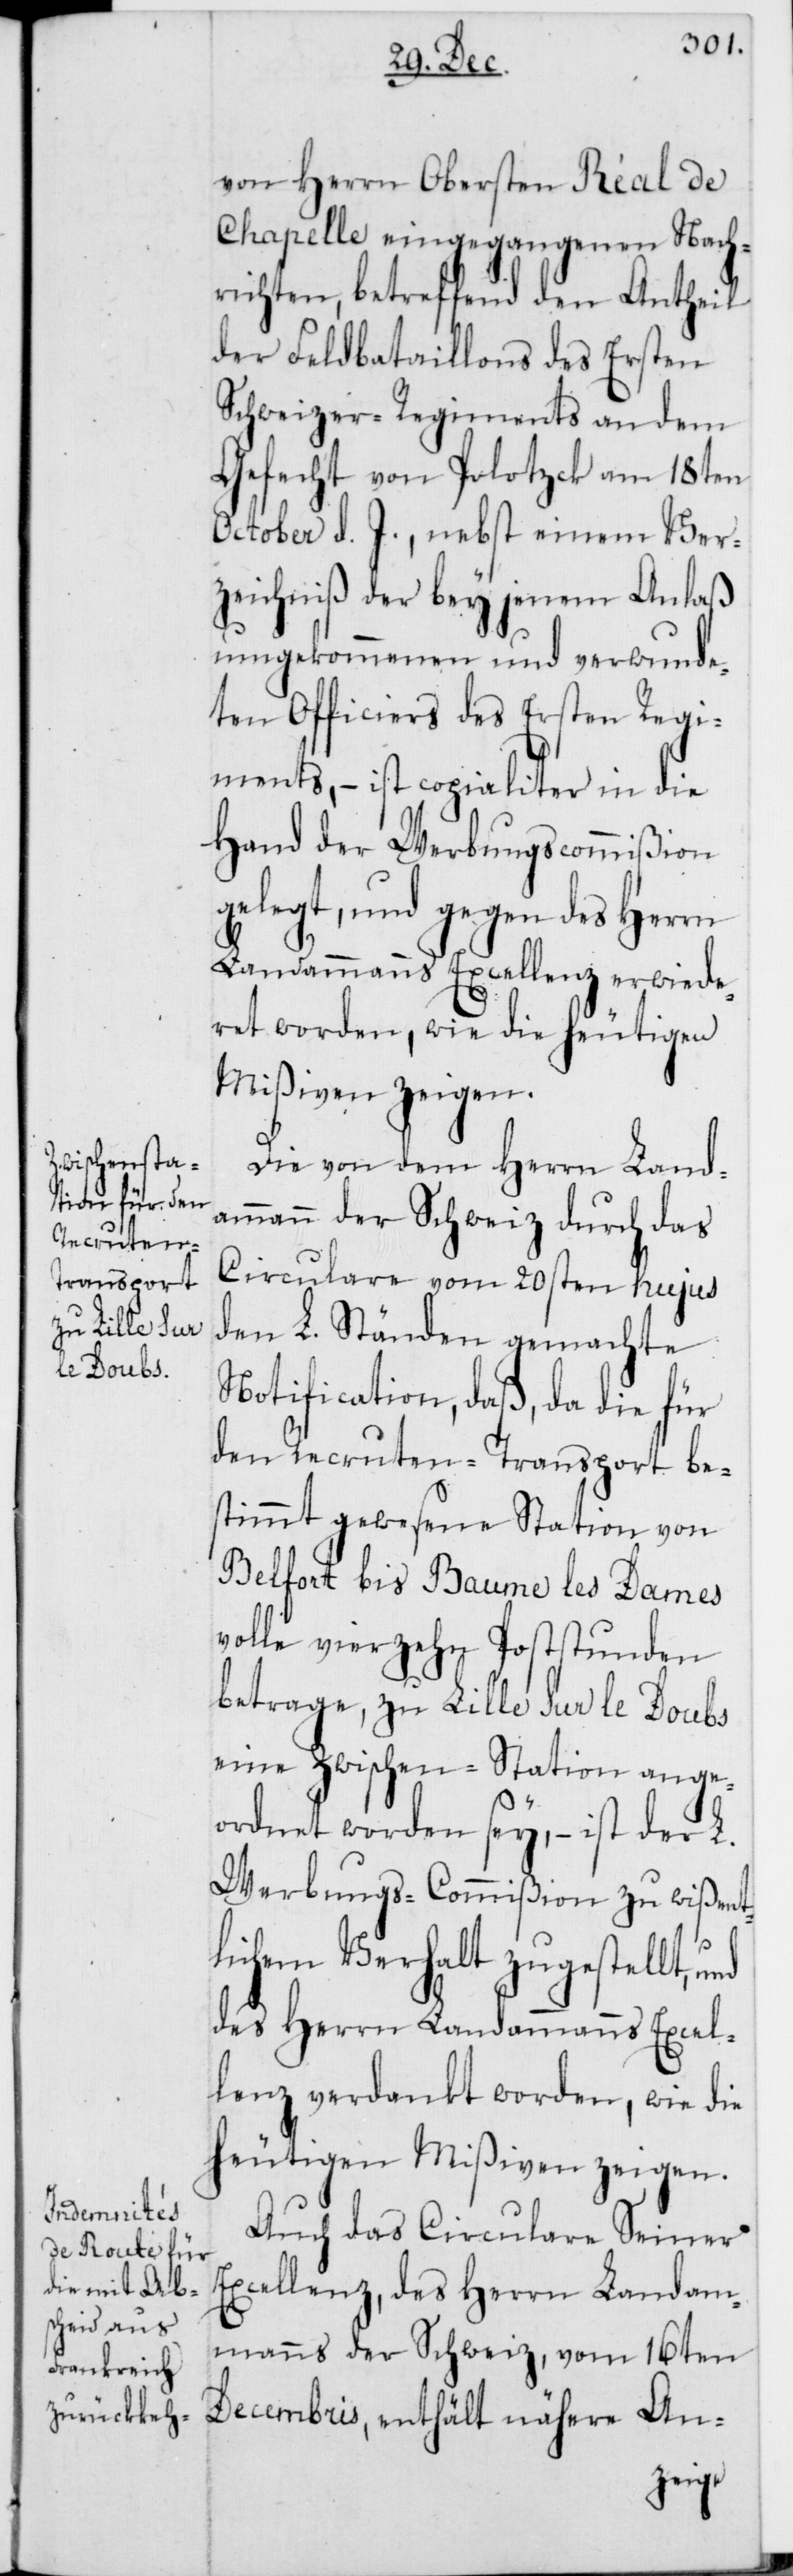
von Herrn Obersten Réal de
Chapelle eingegangenen Nach¬
richten, betreffend den Antheil
der Feldbataillons des Ersten
Schweizer-Regiments an dem
Gefecht von Polotzck am 18ten
October d. J., nebst einem Ver¬
zeichniß der bey jenem Anlaß
umgekommenen und verwunde¬
ten Officiers des Ersten Regi¬
ments, – ist copialiter in die
Hand der Werbungscommißion
gelegt, und gegen des Herrn
Landammanns Excellenz erwide¬
ret worden, wie die heutigen
Mißiven zeigen.
Die von dem Herrn Land¬
ammann der Schweiz durch das
Circulare vom 20sten hujus
den L. Ständen gemachte
Notification, daß, da die für
den Recruten-Transport be¬
stimmt gewesene Station von
Belfort bis Baume les Dames
volle vierzehn Poststunden
betrage, zu Lille sur le Doubs
eine Zwischen-Station ange¬
ordnet worden sey, – ist der L.
Werbungs-Commißion zu wißent¬
lichem Verhalt zugestellt,
des Herrn Landammanns Excel¬
lenz verdankt worden, wie die
heutigen Mißiven zeigen.
Auch das Circulare Seiner
Excellenz, des Herrn Landam¬
manns der Schweiz, vom 16ten
Decembris, enthält nähere An-